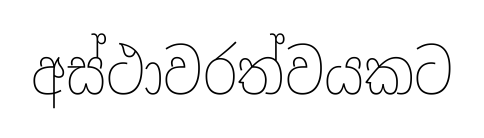
අස්ථාවරත්වයකට